Vaccination in Bombay 1902-1912 - 1902-1912
Year: 1902
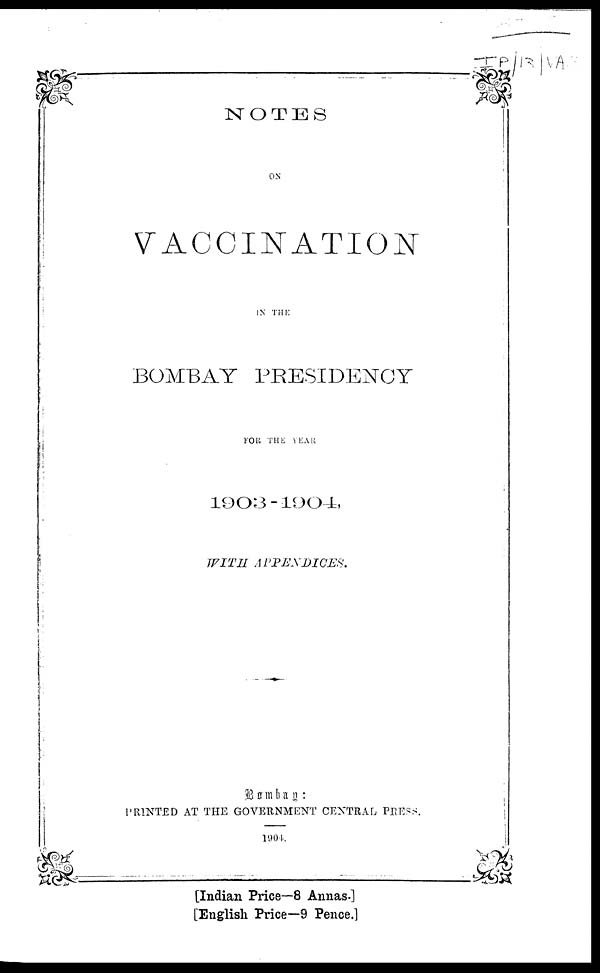
NOTES
ON
VACCINATION
IN THE
BOMBAY PRESIDENCY
FOR THE YEAR
1903-1904,
WITH
APPENDICES.
Bombay:
PRINTED AT THE GOVERNMENT CENTRAL PRESS.
1904.
[Indian Price—8 Annas.]
[English Price—9 Pence.]